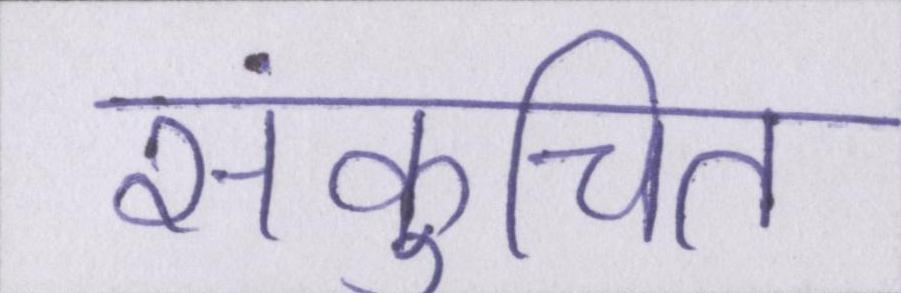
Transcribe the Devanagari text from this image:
संकुचित